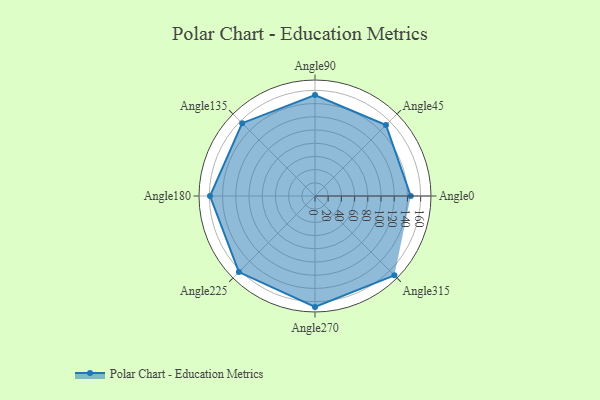
{"axis": {"x": "Angle", "y": "Radius"}, "legend": [""], "data": [{"x": "Angle0", "y": 145.0, "type": ""}, {"x": "Angle45", "y": 152.0, "type": ""}, {"x": "Angle90", "y": 153.0, "type": ""}, {"x": "Angle135", "y": 156.0, "type": ""}, {"x": "Angle180", "y": 159.0, "type": ""}, {"x": "Angle225", "y": 163.0, "type": ""}, {"x": "Angle270", "y": 168.0, "type": ""}, {"x": "Angle315", "y": 170, "type": ""}]}